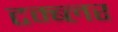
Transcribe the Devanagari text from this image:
टम्ब्लर